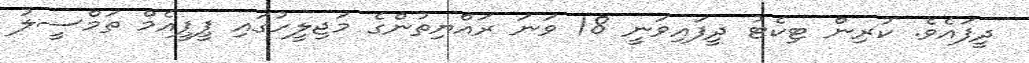
ދީފައެވެ. ކުރިން ޓިކެޓު ދީފައިވަނީ 18 ވަނަ ރައްޔިތުންގެ މަޖިލީހުގައި ޕީޕީއެމް ތަމްސީލު